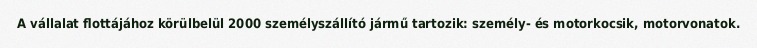
A vállalat flottájához körülbelül 2000 személyszállító jármű tartozik: személy- és motorkocsik, motorvonatok.